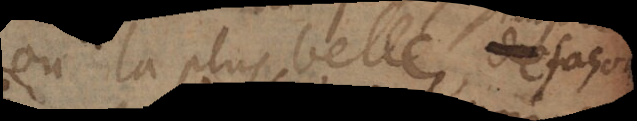
ou la plus belle des façon